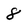
Character: 8